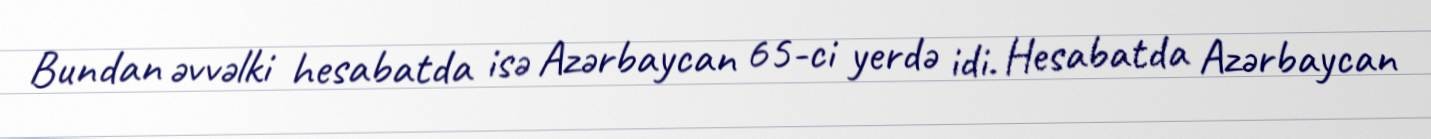
Bundan əvvəlki hesabatda isə Azərbaycan 65-ci yerdə idi. Hesabatda Azərbaycan